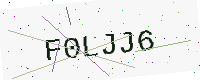
Text: F0LJJ6